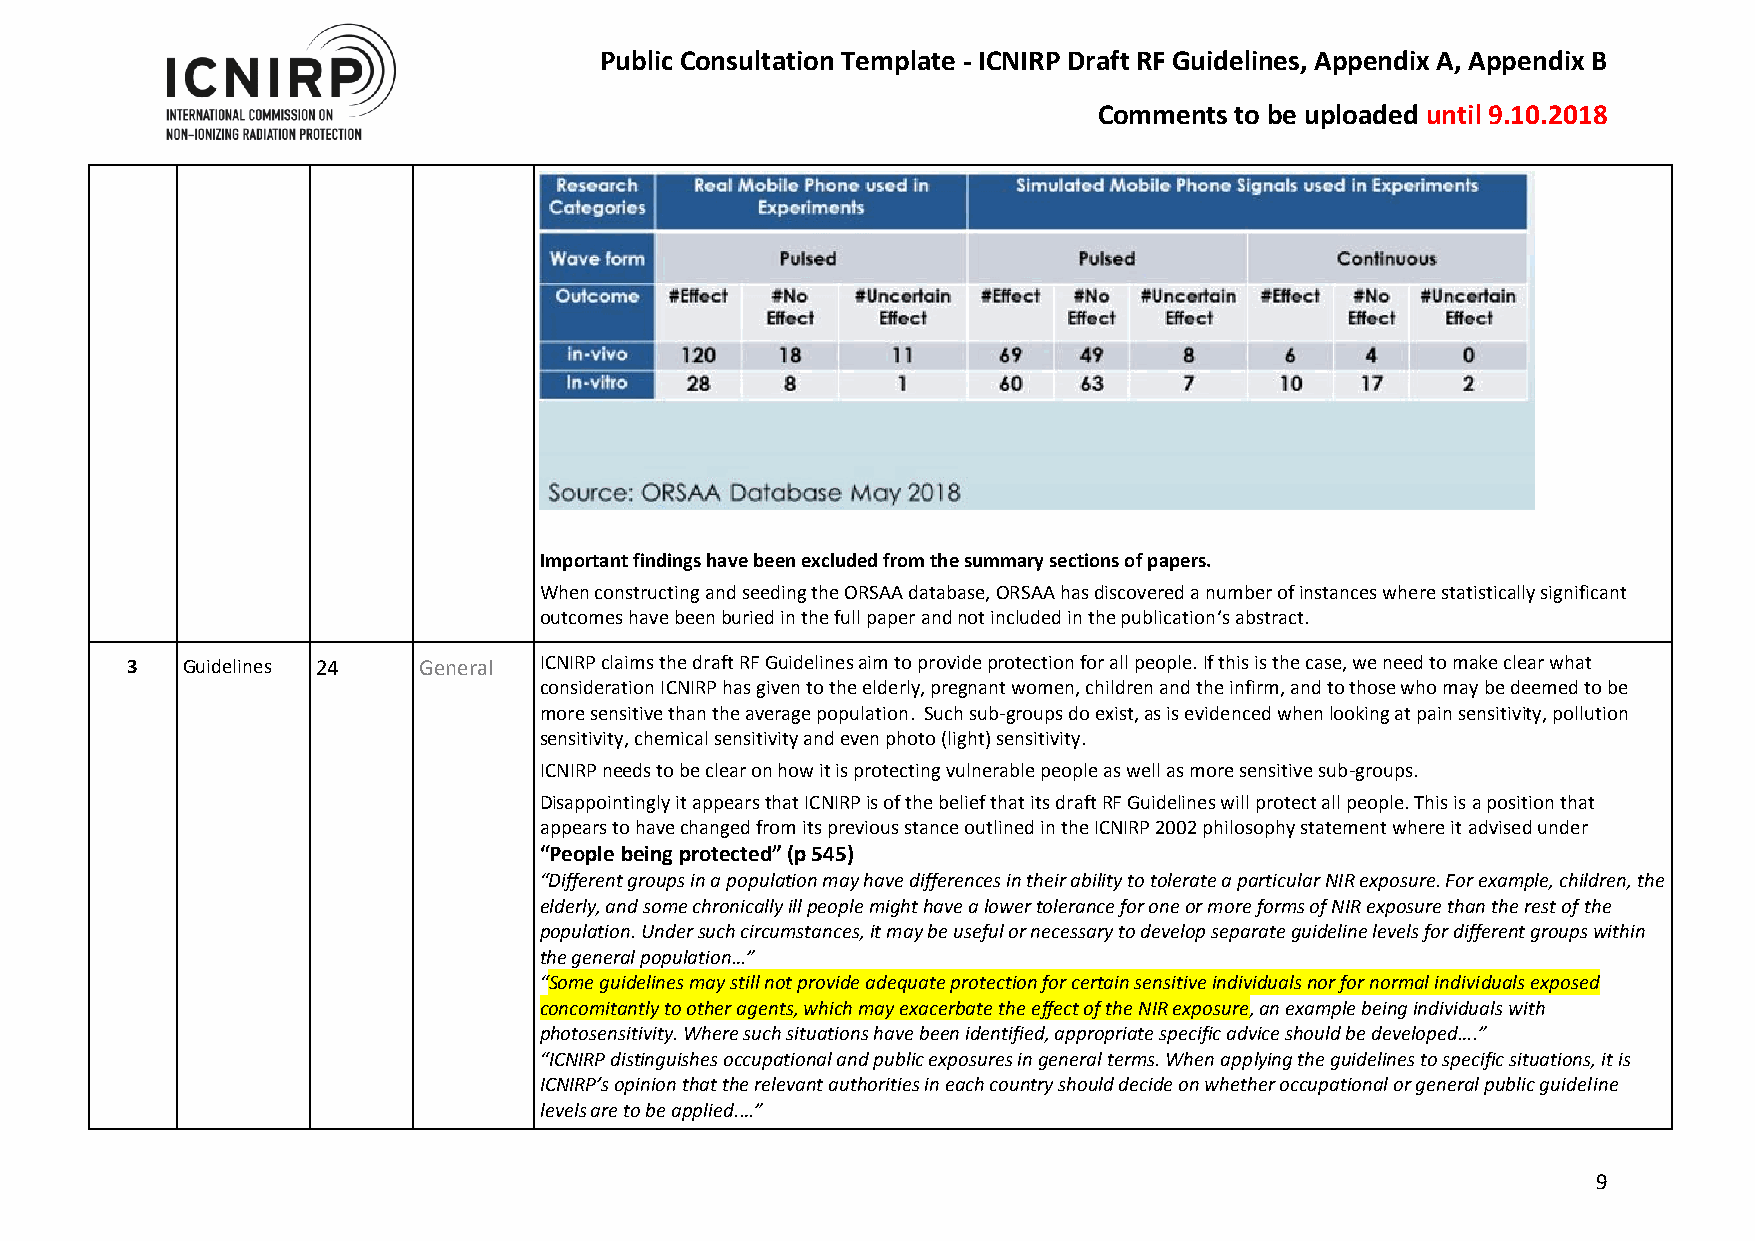
Public Consultation Template - ICNIRP Draft RF Guidelines, Appendix A, Appendix B
 Comments to be uploaded until 9.10.2018
 Important findings have been excluded from the summary sections of papers.
 When constructing and seeding the ORSAA database, ORSAA has discovered a number of instances where statistically significant
 outcomes have been buried in the full paper and not included in the publication‘s abstract.
 3   Guidelines 24   General ICNIRP claims the draft RF Guidelines aim to provide protection for all people. If this is the case, we need to make clear what
 consideration ICNIRP has given to the elderly, pregnant women, children and the infirm, and to those who may be deemed to be
 more sensitive than the average population. Such sub-groups do exist, as is evidenced when looking at pain sensitivity, pollution
 sensitivity, chemical sensitivity and even photo (light) sensitivity.
 ICNIRP needs to be clear on how it is protecting vulnerable people as well as more sensitive sub-groups.
 Disappointingly it appears that ICNIRP is of the belief that its draft RF Guidelines will protect all people. This is a position that
 appears to have changed from its previous stance outlined in the ICNIRP 2002 philosophy statement where it advised under
 “People being protected” (p 545)
 “Different groups in a population may have differences in their ability to tolerate a particular NIR exposure. For example, children, the
 elderly, and some chronically ill people might have a lower tolerance for one or more forms of NIR exposure than the rest of the
 population. Under such circumstances, it may be useful or necessary to develop separate guideline levels for different groups within
 the general population…”
 “Some guidelines may still not provide adequate protection for certain sensitive individuals nor for normal individuals exposed
 concomitantly to other agents, which may exacerbate the effect of the NIR exposure, an example being individuals with
 photosensitivity. Where such situations have been identified, appropriate specific advice should be developed….”
 “ICNIRP distinguishes occupational and public exposures in general terms. When applying the guidelines to specific situations, it is
 ICNIRP’s opinion that the relevant authorities in each country should decide on whether occupational or general public guideline
 levels are to be applied.…”
 9